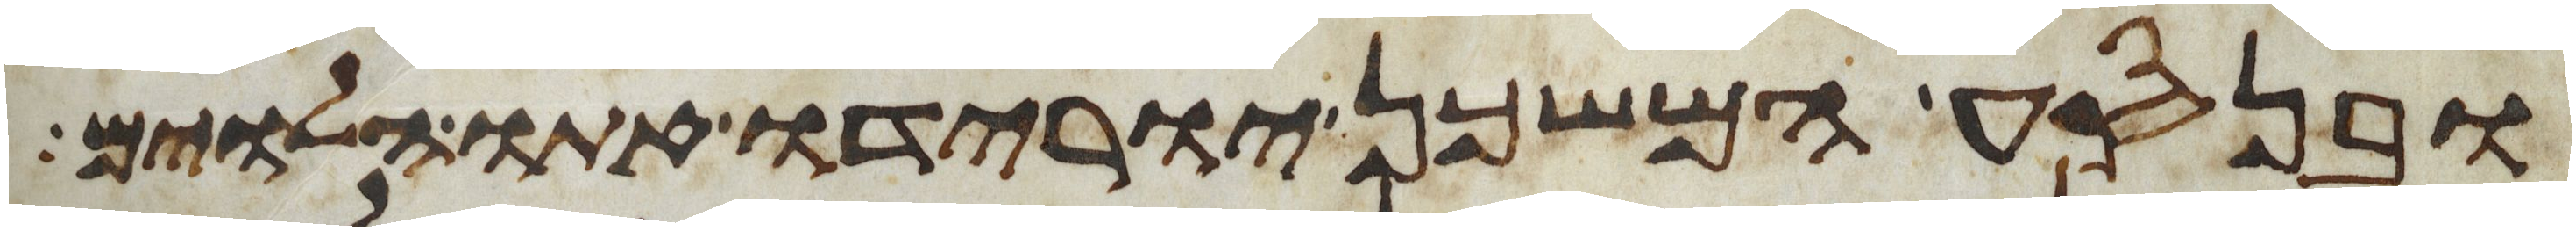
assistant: ובנסע המשכן יורידו אתו הלוים